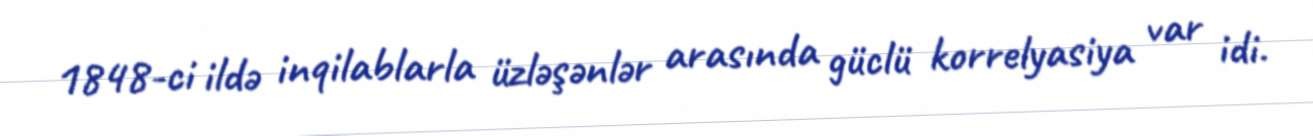
1848-ci ildə inqilablarla üzləşənlər arasında güclü korrelyasiya var idi.